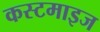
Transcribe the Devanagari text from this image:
कस्टमाइज